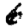
Digit: 6